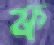
ফ